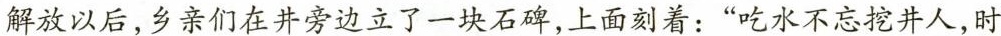
解放以后，乡亲们在井旁边立了一块石碑，上面刻着：”吃水不忘挖井人，时